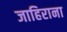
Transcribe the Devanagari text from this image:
जाहिराना